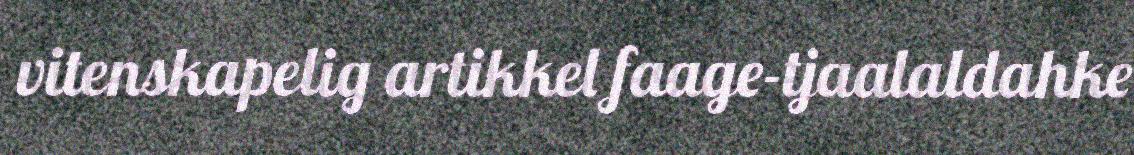
vitenskapelig artikkel faage-tjaalaldahke